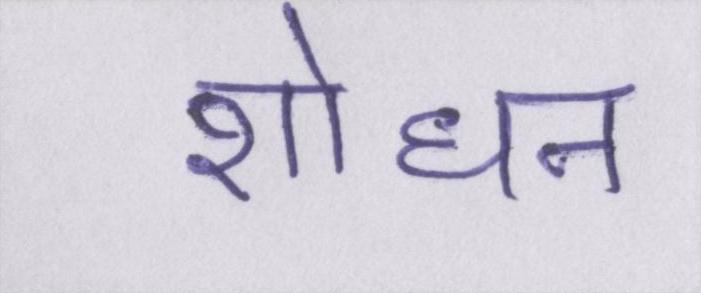
शोधन